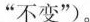
”不变”)。